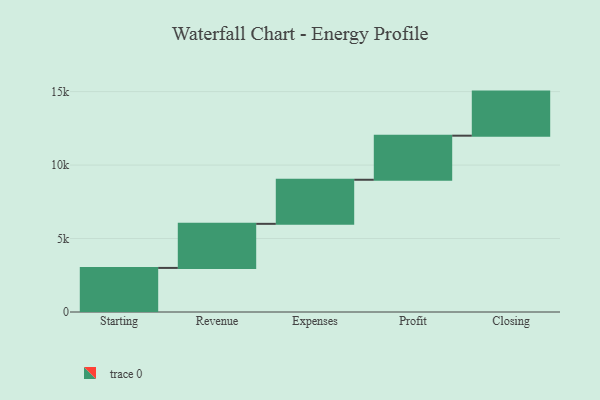
{"axis": {"x": "Step", "y": "Value"}, "legend": [""], "data": [{"x": "Starting", "y": 3000, "type": ""}, {"x": "Revenue", "y": 3000, "type": ""}, {"x": "Expenses", "y": 3000, "type": ""}, {"x": "Profit", "y": 3000, "type": ""}, {"x": "Closing", "y": 3000, "type": ""}]}